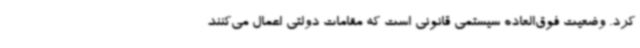
کرد. وضعیت فوق‌العاده سیستمی قانونی است که مقامات دولتی اعمال می‌کنند